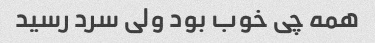
همه چی خوب بود ولی سرد رسید